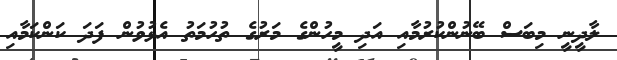
ލާދީނީ މިބަސް ބޭނުންކުރުމާއި އަދި މީހުންގެ މަރުގެ ތުހުމަތު އެޅުވުން ފަދަ ކަންކަމާއި